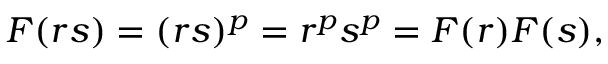
F ( r s ) = ( r s ) ^ { p } = r ^ { p } s ^ { p } = F ( r ) F ( s ) ,